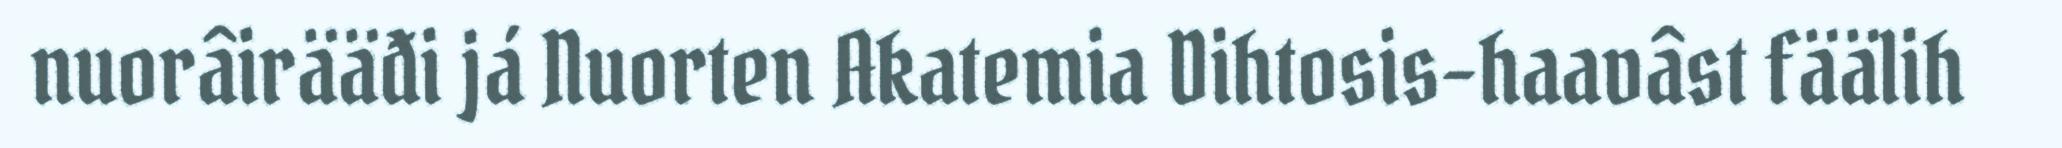
nuorâirääđi já Nuorten Akatemia Dihtosis-haavâst fäälih